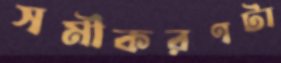
সমীকরণটা